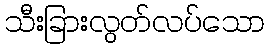
သီးခြားလွတ်လပ်သော